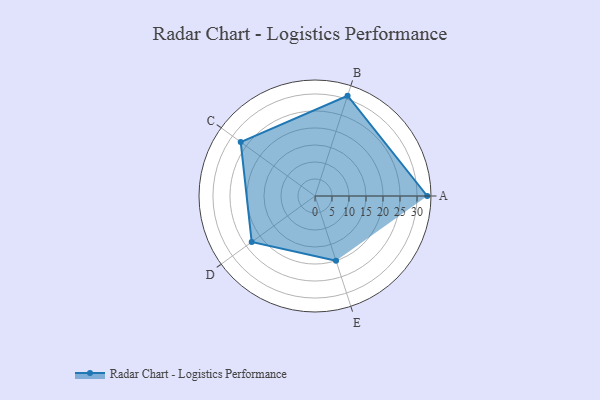
{"axis": {"x": "Skill", "y": "Score"}, "legend": ["Profile"], "data": [{"x": "A", "y": 33.0, "type": "Profile"}, {"x": "B", "y": 31.0, "type": "Profile"}, {"x": "C", "y": 27.0, "type": "Profile"}, {"x": "D", "y": 23.0, "type": "Profile"}, {"x": "E", "y": 20.0, "type": "Profile"}]}